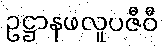
ဥဋ္ဌာနဖလူပဇီဝီ